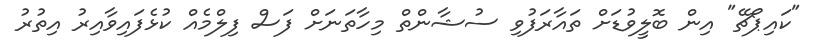
"ކައިޕޯޗޭ" އިން ބޮލީވުޑަށް ތައާރަފުވި ސުޝާންތް މިހާތަނަށް ފަސް ފިލްމެއް ކުޅެފައިވާއިރު އިތުރު